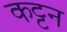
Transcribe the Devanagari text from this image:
कट्टन